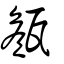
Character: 甔